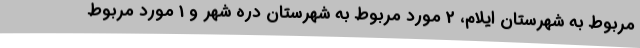
مربوط به شهرستان ایلام، 2 مورد مربوط به شهرستان دره شهر و 1 مورد مربوط